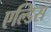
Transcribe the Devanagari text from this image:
एल्डिस